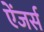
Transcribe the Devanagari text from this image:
ऐंजर्स